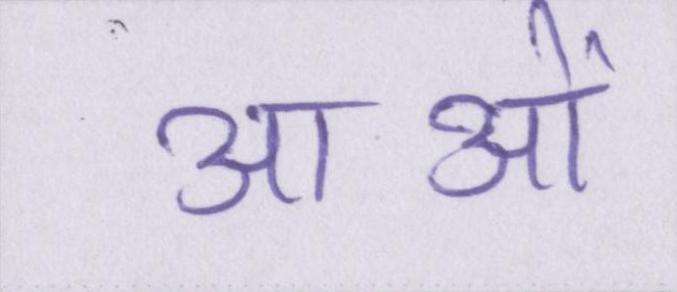
आओं